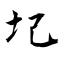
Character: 圮